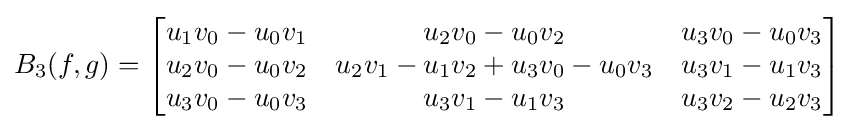
B_{3}(f,g)=\left[{\begin{matrix}u_{1}v_{0}-u_{0}v_{1}&u_{2}v_{0}-u_{0}v_{2}&u_{3}v_{0}-u_{0}v_{3}\\u_{2}v_{0}-u_{0}v_{2}&u_{2}v_{1}-u_{1}v_{2}+u_{3}v_{0}-u_{0}v_{3}&u_{3}v_{1}-u_{1}v_{3}\\u_{3}v_{0}-u_{0}v_{3}&u_{3}v_{1}-u_{1}v_{3}&u_{3}v_{2}-u_{2}v_{3}\end{matrix}}\right]\!